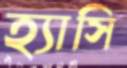
হ্যাসি